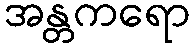
အန္တကရော